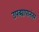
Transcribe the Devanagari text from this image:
उपद्व्यापानंतर